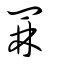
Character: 罧